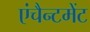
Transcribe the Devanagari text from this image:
एंचैन्टमेंट